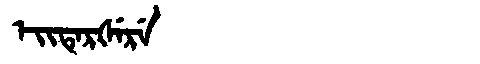
Manchu: ᡝᡳᡨᡝᡵᡧᡝᡵᡝ
Romanization: EITERŠERE